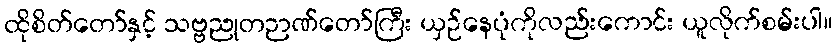
ထိုစိတ်တော်နှင့် သဗ္ဗညုတဉာဏ်တော်ကြီး ယှဉ်နေပုံကိုလည်းကောင်း ယူလိုက်စမ်းပါ။